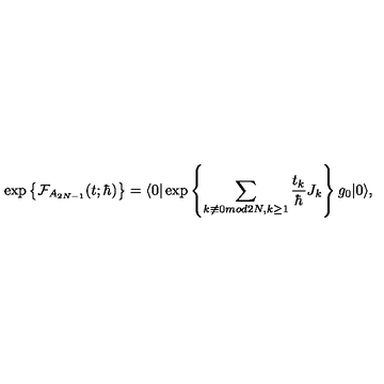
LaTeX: \exp \left\{ \mathrm { \cal { F } } _ { A _ { 2 N - 1 } } ( t ; \hbar ) \right\} = \langle 0 | \exp \left\{ \sum _ { k \not \equiv 0 m o d 2 N , k \geq 1 } \frac { t _ { k } } { \hbar } J _ { k } \right\} g _ { 0 } | 0 \rangle ,